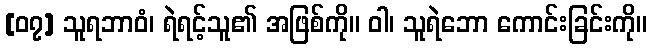
[၀၇] သူရဘာဝံ၊ ရဲရင့်သူ၏ အဖြစ်ကို။ ဝါ၊ သူရဲဘော ကောင်းခြင်းကို။